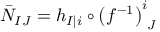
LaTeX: { \bar { \cal N } } _ { I J } = h _ { I \vert i } \circ \left( f ^ { - 1 } \right) _ { \phantom { i } J } ^ { i }